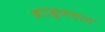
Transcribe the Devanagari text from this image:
ब्रााहृणवाद